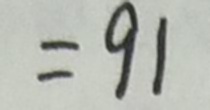
= 9 1